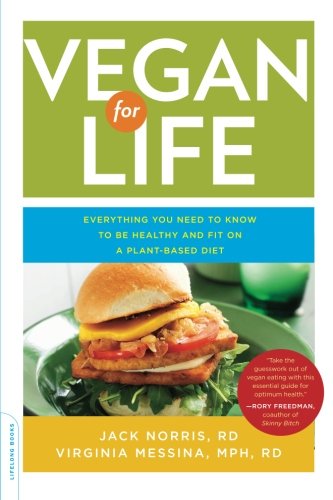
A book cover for Vegan for Life: Everything You Need to Know to Be Healthy and Fit on a Plant-Based Diet; Jack Norris; Cookbooks, Food & Wine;